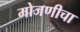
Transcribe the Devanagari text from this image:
मोजणीचा